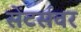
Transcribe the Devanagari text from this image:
सेंटर्सवर